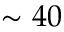
\sim 4 0